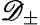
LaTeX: \mathscr{D}_{\pm}